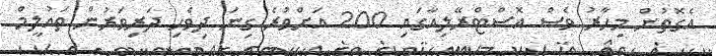
އެގޮތުން މިހާރު ވެސް އޮސްޓްރޭލިއާގައި 200 އަށްވުރެ ގިނަ ދިވެހި ދަރިވަރުން ތައުލީމް